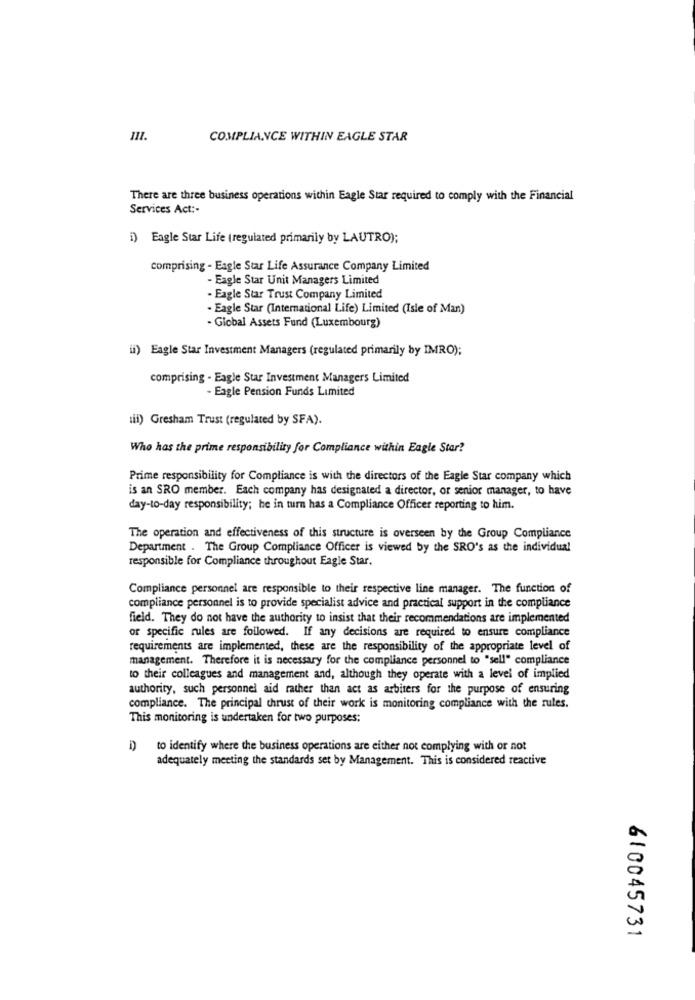
111.
COMPLIANCE WITHIN EAGLE STAR
There are three business operations within Eagle Star required to comply with the Financial
Services Act :-
i) Eagle Star Life (regulated primarily by LAUTRO);
comprising - Eagle Star Life Assurance Company Limited
- Eagle Star Unit Managers Limited
. Eagle Star Trust Company Limited
· Eagle Star (International Life) Limited (Isle of Man)
- Global Assets Fund (Luxembourg)
ii) Eagle Star Investment Managers (regulated primarily by IMRO);
comprising - Eagle Star Investment Managers Limited
Eagle Pension Funds Limited
sil) Gresham Trust (regulated by SFA).
Who has the prime responsibility for Compliance within Eagle Star?
Prime responsibility for Compliance is with the directors of the Eagle Star company which
is an SRO member. Each company has designated a director, or senior manager, to have
day-to-day responsibility; he in turn has a Compliance Officer reporting to him.
The operation and effectiveness of this structure is overseen by the Group Compliance
Department . The Group Compliance Officer is viewed by the SRO's as the individual
responsible for Compliance throughout Eagle Star,
Compliance personnel are responsible to their respective line manager. The function of
compliance personnel is to provide specialist advice and practical support in the compliance
field. They do not have the authority to insist that their recommendations are implemented
or specific rules are followed. If any decisions are required to ensure compliance
requirements are implemented, these are the responsibility of the appropriate level of
management. Therefore it is necessary for the compliance personnel to "sell" compliance
to their colleagues and management and, although they operate with a level of implied
authority, such personnel aid rather than act as arbiters for the purpose of ensuring
compliance. The principal thrust of their work is monitoring compliance with the rules.
This monitoring is undertaken for two purposes:
to identify where the business operations are either not complying with or not
adequately meeting the standards set by Management. This is considered reactive
610045731